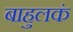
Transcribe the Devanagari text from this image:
बाहुलकं